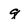
Character: q